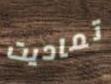
تماديت